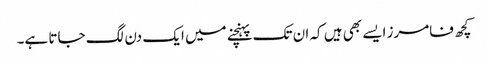
کچھ فامرز ایسے بھی ہیں کہ ان تک پہنچنے میں ایک دن لگ جاتا ہے۔